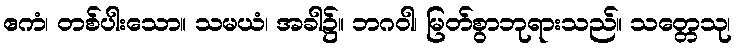
ဧကံ၊ တစ်ပါးသော။ သမယံ၊ အခါ၌။ ဘဂဝါ၊ မြတ်စွာဘုရားသည်။ သတ္တေသု၊